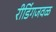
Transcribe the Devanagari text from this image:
रीडिंगजवळ